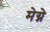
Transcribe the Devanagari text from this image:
मेग्ने